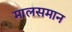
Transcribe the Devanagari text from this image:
मालसमान